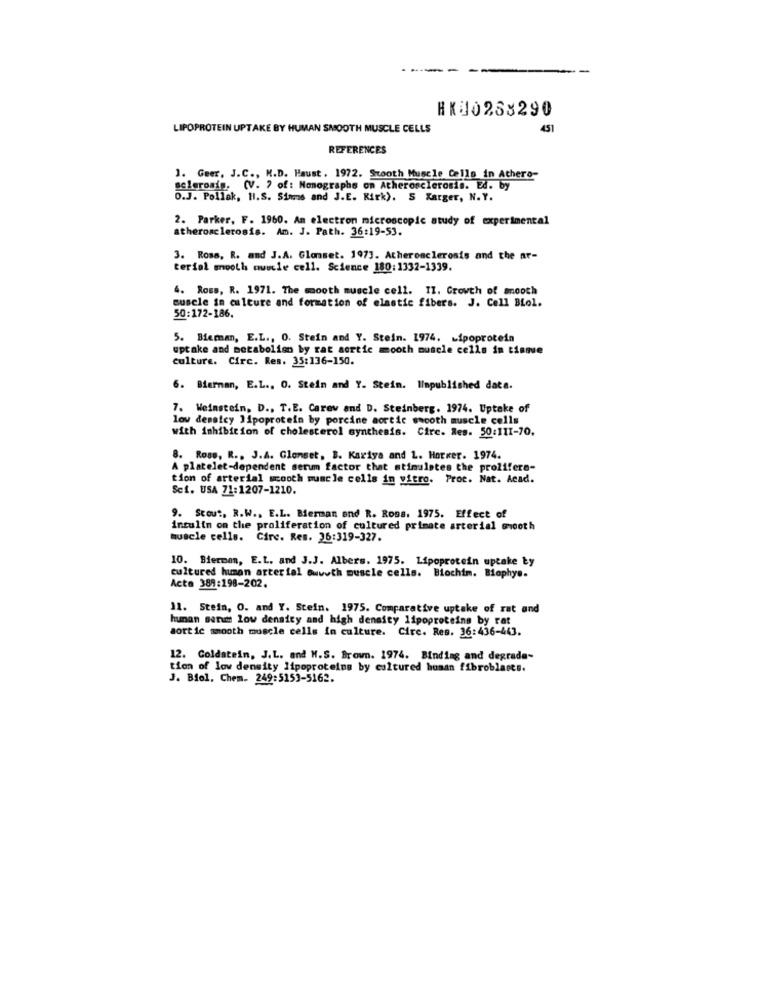
HK80263290
LIPOPROTEIN UPTAKE BY HUMAN SMOOTH MUSCLE CELLS
451
REFERENCES
1. Geer, J.C ., M.D. Haust. 1972. Stooth Muscle Cells in Athero-
sclerosis. (V. ? of: Monographs on Atherosclerosis. Ed. b
O.J. Pollak, HI.S. Sims and J.E. Kirk). 5 Xarger, N.Y.
2. Parker, F. 1960. An electron microscopic study of experimental
atherosclerosis. Am. J. Path. 36:19-53.
3. Ross, R. and J.A. Glonset. 1973. Atherosclerosis and the ar-
terial smooth muscle cell. Science 180:1332-1339.
4. Ross, R. 1971. The smooth muscle cell. 11. Growth of smooth
muscle in culture and formation of elastic fibers. J. Cell BLol.
50:172-186.
5. Bierman, E.L ., O. Stein and Y. Stein. 1974. Lipoprotein
uptake and metabolism by rat aortic mooth muscle cells in tisme
culture. Circ. Res. 35:136-150.
6. Bierman, E.L ., O. Stein and Y. Stein. linpublished data.
7. Weinstein, D ., T.E. Carev and D. Steinberg. 1974. Uptake of
low desaicy lipoprotein by porcine aortic smooth muscle cells
with inhibition of cholesterol synthesis. Circ. Res. 50:111-70.
8. Ross, R ., J.A. Glonset, B. Kariya and L. Horwer. 1974.
A platelet-dependent serum factor that stimulates the prolifera-
tion of arterial mooth muscle cells in vitro. Proc. Nat. Acad.
Sc1. USA 71:1207-1210.
9. Scout, R.W ., E.L. Bierman and R. Ross. 1975. Effect of
insulin on the proliferation of cultured primate arterial smooth
muscle cells. Circ. Res. 36:319-327.
10. Biermen, E.L. and J.J. Albers. 1975. Lipoprotein uptake Ły
cultured human arterial @wwwth muscle cells. Biochim. Biophys.
Acta 389:198-202.
11. Stein, O. and Y. Stein. 1975. Comparative uptake of rat and
hunan serud low density and high density lipoproteins by rat
aortic smooth muscle cells in culture. Circ. Res. 36:436-443.
12. Coldatein, J.L. and M.S. Brown. 1974. Binding and degrada-
tion of low density lipoproteins by cultured human fibroblasts.
J. Biel, Chem. 249:5153-5162.